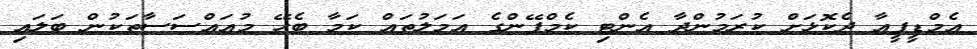
އެމްޑީޕީއާ ދެކޮޅަށް ކުރަމުންދާ އެންޓި ކެމްޕޭންގެ އަމަލުތައް ކަމާ ބެހޭ މުއައްސަސާތަކުން ބަލައި